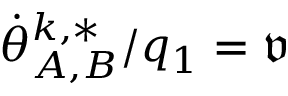
\dot { \theta } _ { A , B } ^ { k , * } / q _ { 1 } = \mathfrak { v }